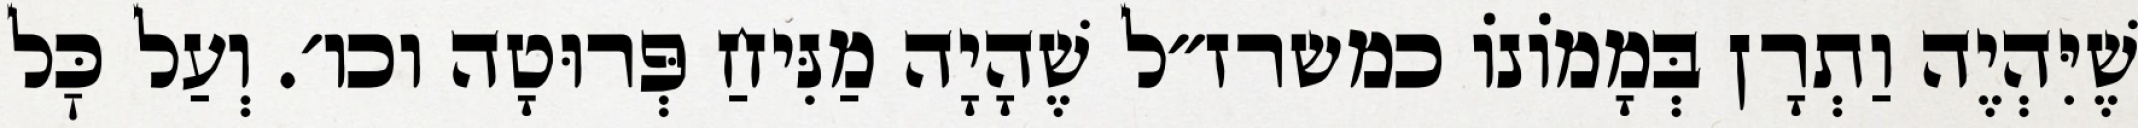
שֶׁיִּהְיֶה וַתְרָן בְּמָמוֹנוֹ כמשרז״ל שֶׁהָיָה מַנִּיחַ פְּרוּטָה וכו׳. וְעַל כׇּל